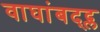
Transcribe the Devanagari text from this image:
वाघांबद्द्ल